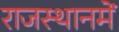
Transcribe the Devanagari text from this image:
राजस्थानमें